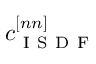
c _ { \mathrm { ~ I ~ S ~ D ~ F ~ } } ^ { [ n n ] }